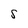
Character: S